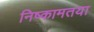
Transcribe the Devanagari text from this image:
निष्कामतया